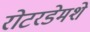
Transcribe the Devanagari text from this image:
रोटरडेमशे